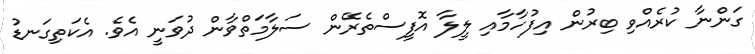
ގަންނާ ކުރެއްވި ބިރުން އިފުހާމާއި ލީލާ އޮފީސްތެރޭން ސަލާމަތްވާން ދުވަނީ އެވެ. އެކަތިގަނޑު